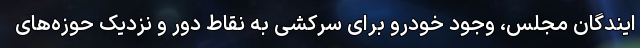
ایندگان مجلس، وجود خودرو برای سرکشی به نقاط دور و نزدیک حوزه‌های